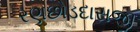
રણછોડદાસજી